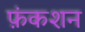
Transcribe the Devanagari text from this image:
फ़ंकशन